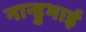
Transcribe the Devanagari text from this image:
नान्हुभाई